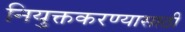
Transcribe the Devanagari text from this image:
नियुक्तकरण्यासाठी